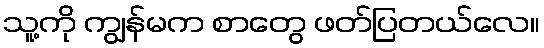
သူ့ကို ကျွန်မက စာတွေ ဖတ်ပြတယ်လေ။